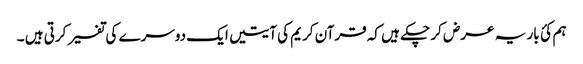
ہم کئ بار یہ عرض کر چکے ہیں کہ قرآن کریم کی آیتیں ایک دوسرے کی تفسیر کرتی ہیں ۔